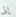
إلى